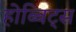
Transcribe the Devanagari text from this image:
होब्बिट्स